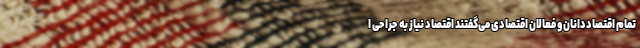
تمام اقتصاددانان و فعالان اقتصادی می‌گفتند اقتصاد نیاز به جراحی ا